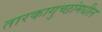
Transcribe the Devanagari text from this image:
तारकागुच्छांमधील